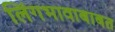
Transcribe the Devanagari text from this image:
लिंगभावाबाबत